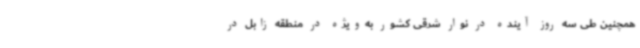
همچنین طی سه روز آینده در نوار شرقی کشور به‌ویژه در منطقه زابل در